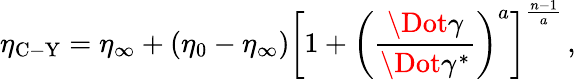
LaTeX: \eta_{\mathrm{C-Y}}=\eta_{\infty}+(\eta_{0}-\eta_{\infty})\left[1+\left(\frac{\Dot{\gamma}}{\Dot{\gamma}^{*}}\right)^{a}\right]^{\frac{n-1}{a}}\, ,